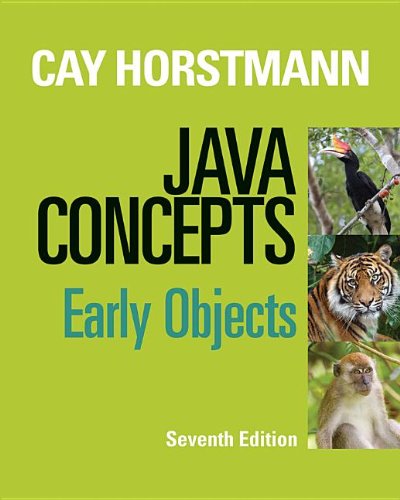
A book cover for Java Concepts: Early Objects; Cay S. Horstmann; Science & Math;